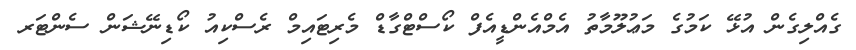
ގެއްލިގެން އުޅޭ ކަމުގެ މަޢުލޫމާތު އެމްއެންޑީއެފް ކޯސްޓްގާޑް މެރިޓައިމް ރެސްކިއު ކޯޑިނޭޝަން ސެންޓަރ